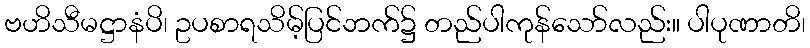
ဗဟိသီမဋ္ဌာနံပိ၊ ဥပစာရသိမ့်ပြင်ဘက်၌ တည်ပါကုန်သော်လည်း။ ပါပုဏာတိ၊